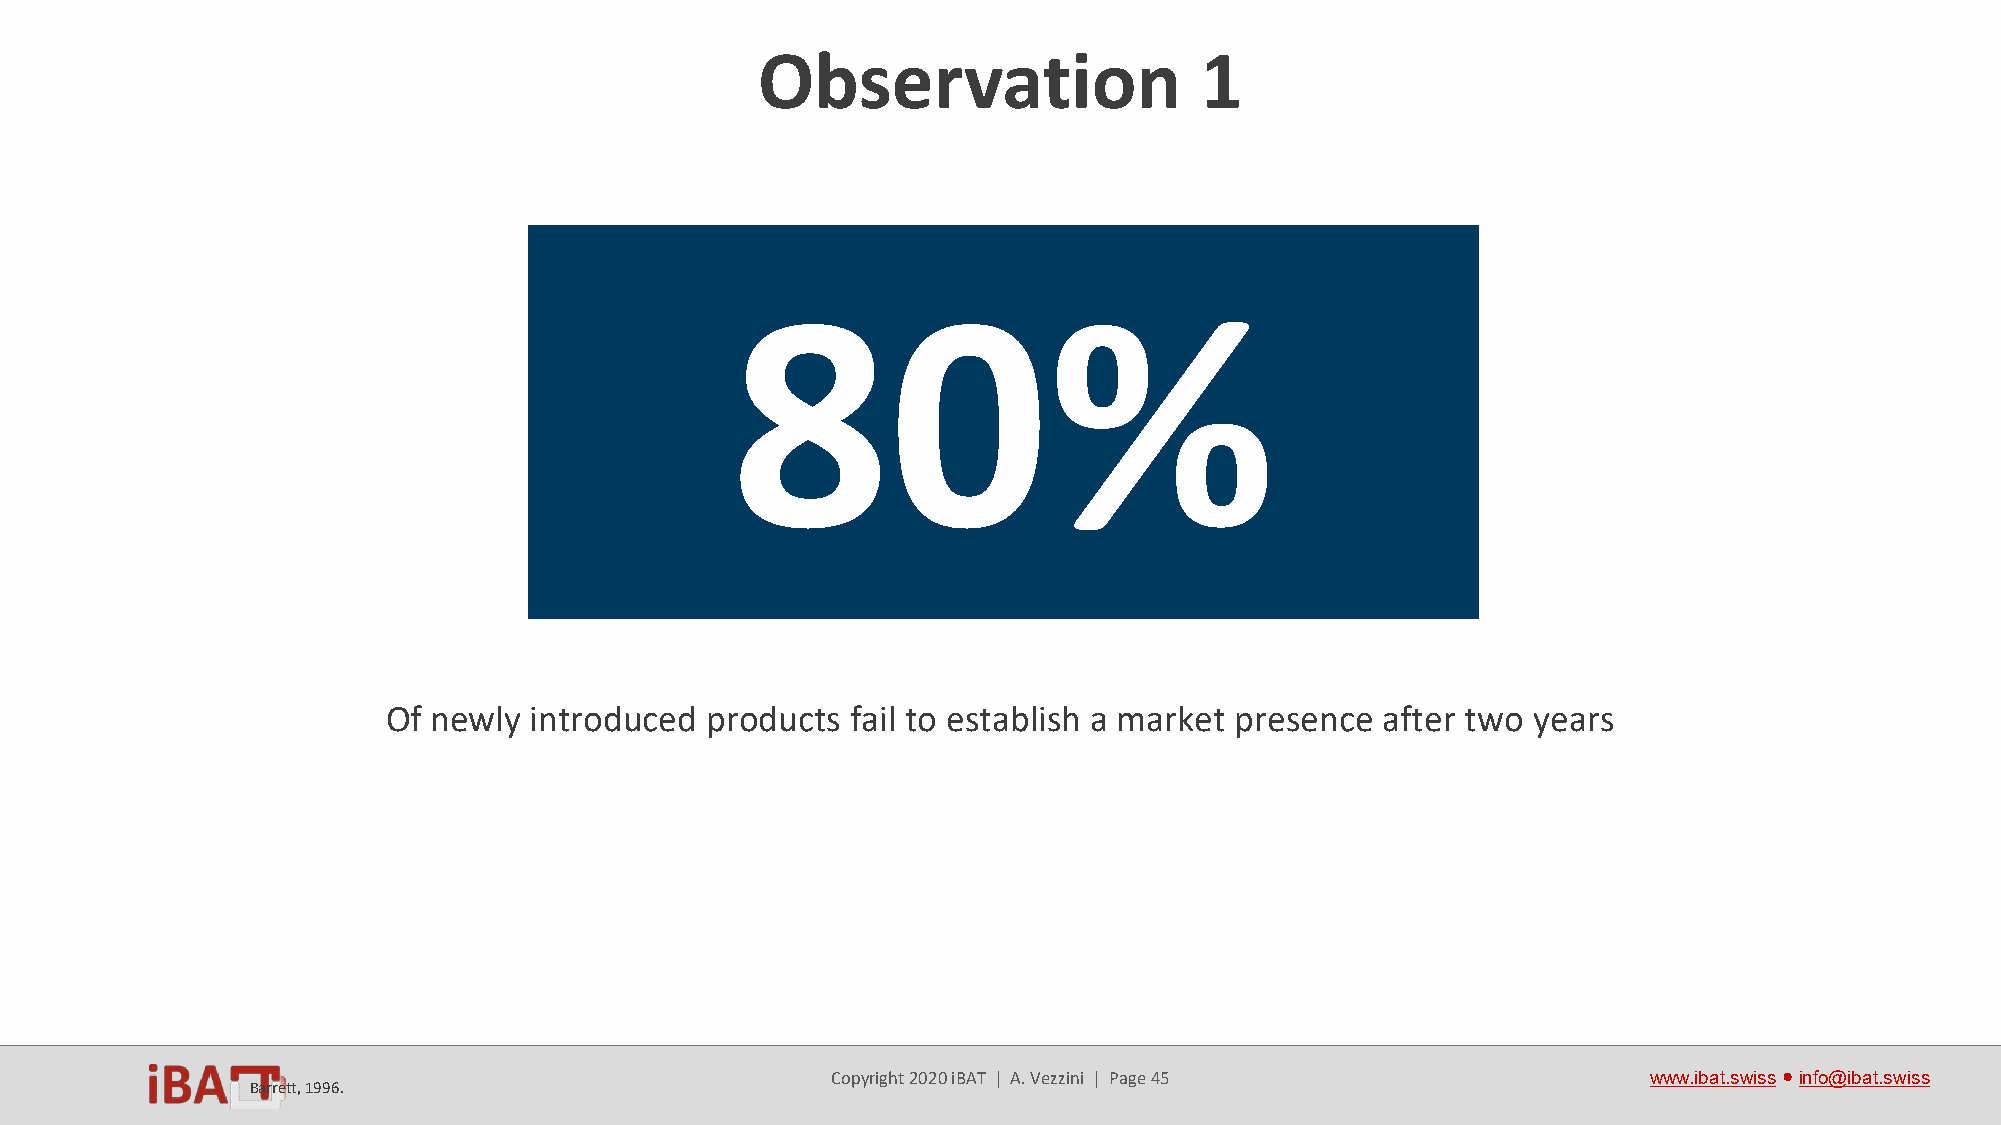
1. Technology-push approach
 Observation                  1
 80%
 Of newly introduced  products fail to establish a market presence after two years
 Copyright 2020 iBAT | A. Vezzini | Page 45            www.ibat.swiss●info@ibat.swiss
 Barrett, 1996.